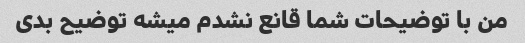
من با توضیحات شما قانع نشدم میشه توضیح بدی